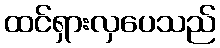
ထင်ရှားလှပေသည်